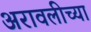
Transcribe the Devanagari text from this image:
अरावलीच्या